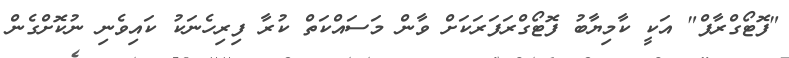
"ފޮޓޯގްރާފް" އަކީ ކާމިޔާބު ފޮޓޯގްރަފަރަކަށް ވާން މަސައްކަތް ކުރާ ފިރިހެނަކު ކައިވެނި ނުކޮށްގެން